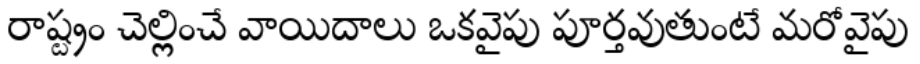
రాష్ట్రం చెల్లించే వాయిదాలు ఒకవైపు పూర్తవుతుంటే మరోవైపు